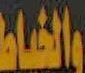
والخياط